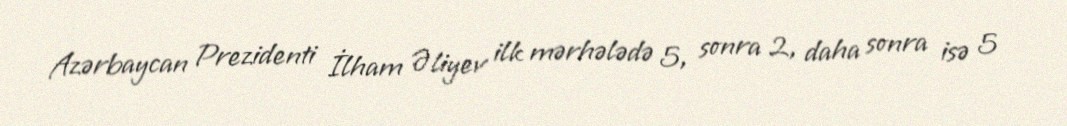
Azərbaycan Prezidenti İlham Əliyev ilk mərhələdə 5, sonra 2, daha sonra isə 5